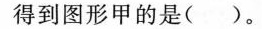
得到图形甲的是( )。